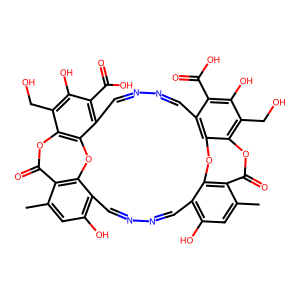
SMILES: Cc1cc(O)c2cnncc3c(O)cc(C)c4c(=O)oc5c(CO)c(O)c(C(=O)O)c(cnncc6c(C(=O)O)c(O)c(CO)c7oc(=O)c1c2oc67)c5oc34
Inhibits HIV replication: No